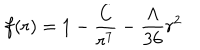
f ( r ) = 1 - \frac { C } { r ^ { 7 } } - \frac { \Lambda } { 3 6 } r ^ { 2 }